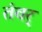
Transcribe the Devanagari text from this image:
तंवर्